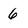
Character: 6